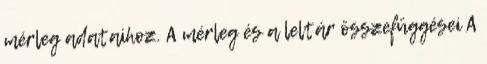
mérleg adataihoz. A mérleg és a leltár összefüggései A